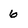
Character: 6